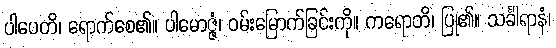
ပါပေတိ၊ ရောက်စေ၏။ ပါမောဇ္ဇံ၊ ဝမ်းမြောက်ခြင်းကို။ ကရောတိ၊ ပြု၏။ သင်္ခါရာနံ၊